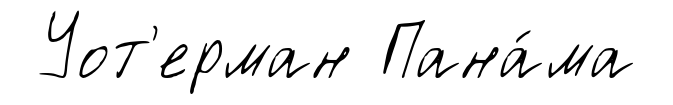
Уот'ерман Пана́ма